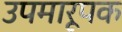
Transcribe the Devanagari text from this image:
उपमारूपक